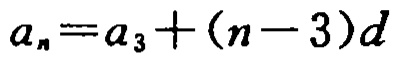
\(a_{n}=a_{3}+(n - 3)d\)